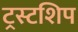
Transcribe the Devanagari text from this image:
ट्रस्टशिप